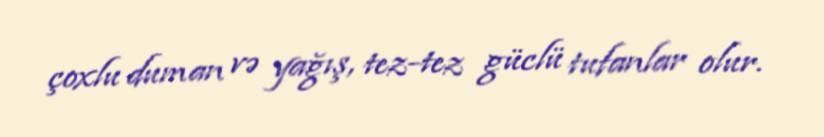
çoxlu duman və yağış, tez-tez güclü tufanlar olur.